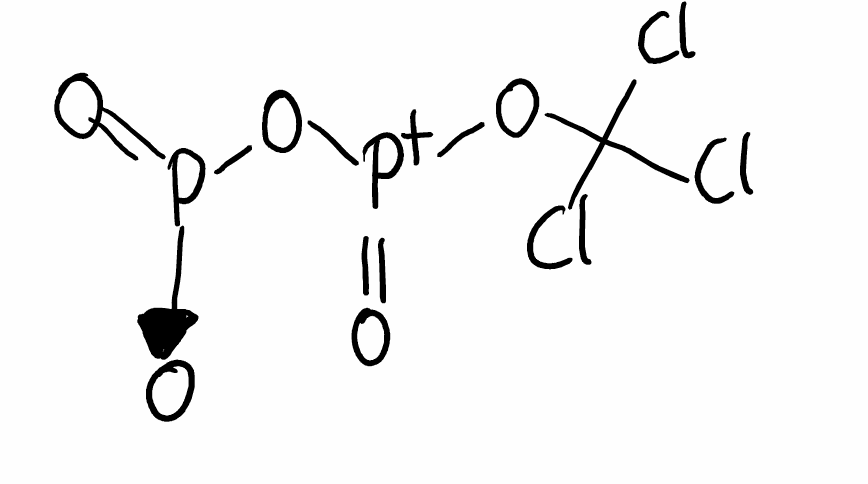
Simplified molecular-input line-entry system (SMILES) notation of the given molecule:
C(O[P+](=O)O[P+](=O)[O-])(Cl)(Cl)Cl